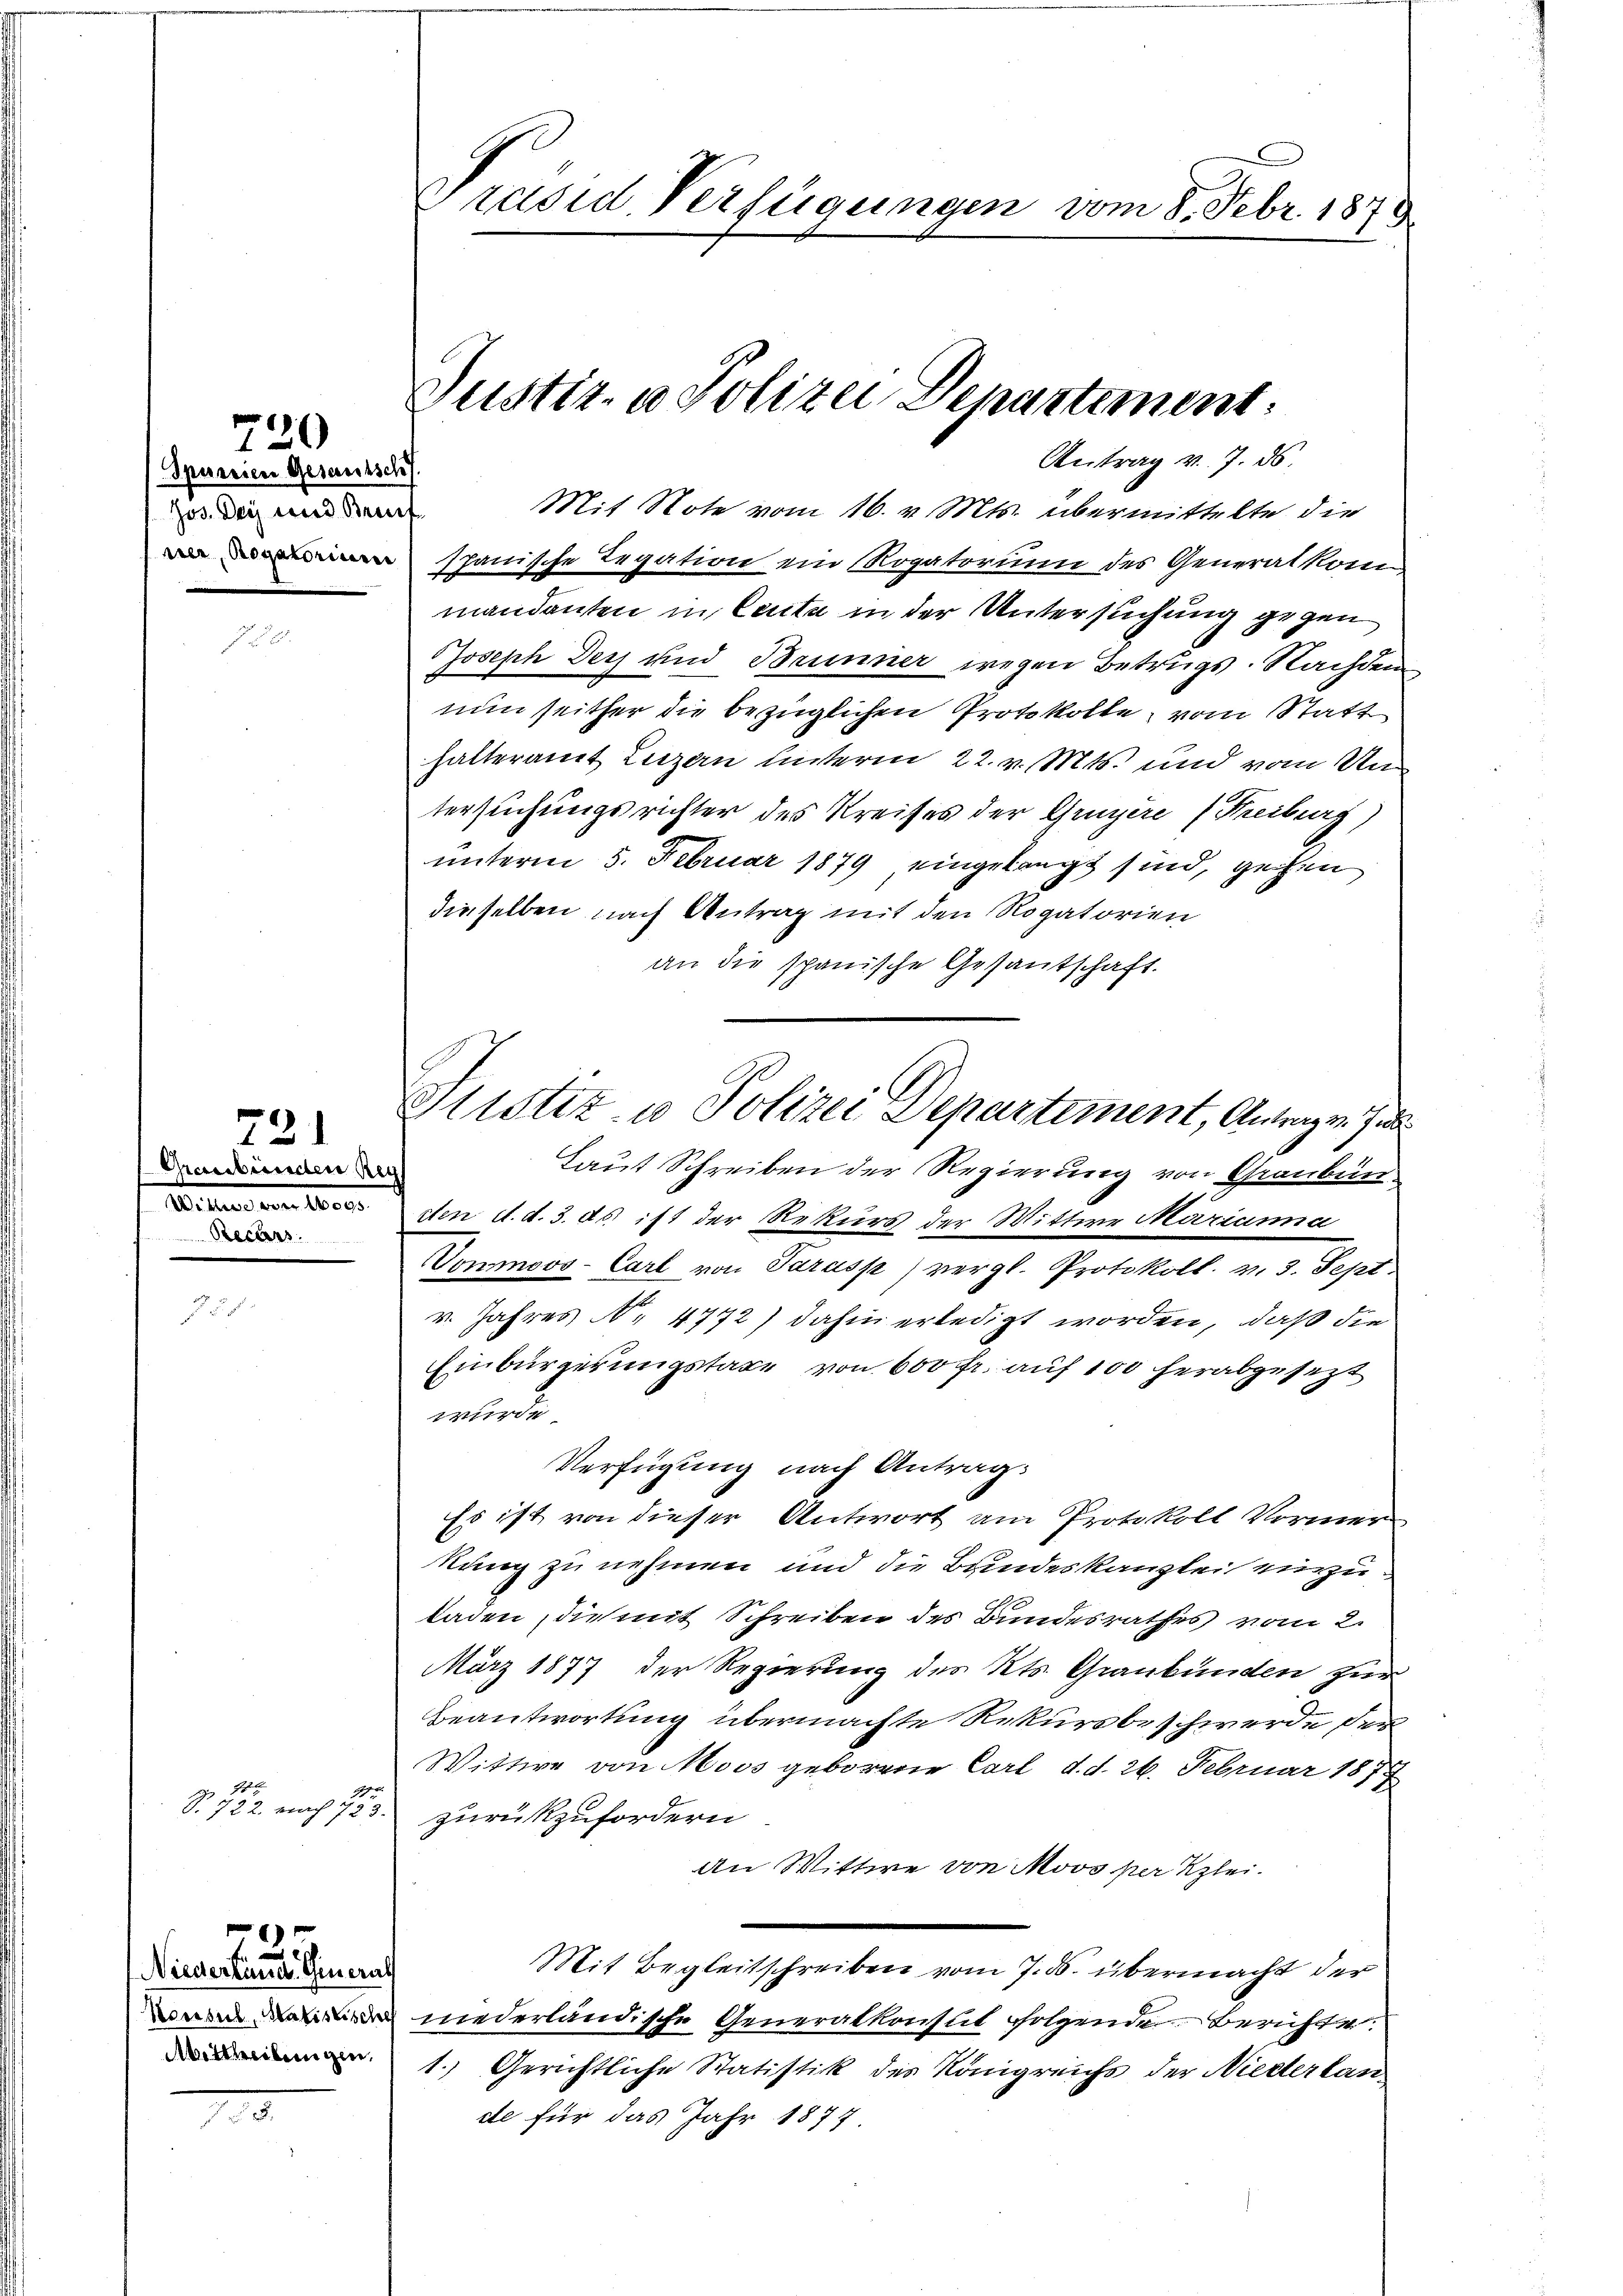
Spureien Gesamtsch
Jos. Der und Breif

720

721

Graubünden Reg
Recurs

Ges. be

Niederland General

Präsid. Verfügungen vom 8. Febr. 1878

Antrag v. 7. ds.

Justiz- & Polizei Departement.

Mit Note vom 16. v. Mts. übermittelte die
 spanische Legation ein Rogatorium des Generalkom
mandanten in Canta in der Untersuchung gegen
Joseph Der und Brunner wegen Betrugs. Nachdem
nun seither die bezüglichen Protokolle, vom Statt
halteramt Luzern hinterm 22. v. Mts. und vom Untersuchungsrichter des Kreises der Gruyère (Freiburg)
unterm 5. Februar 1879 eingelangt sind, gehen
dieselben nach Antrag mit den Rogatorien
an die spanische Gesantschaft.
Laut Schreiben der Regierung von Graubün¬
 den d. d. 3. ds. ist der Rekurs der Mittwe Marianna
Vonmoos- Carl von Parusp) vergl. Protokoll. v. 3. Sept.
v. Jahres No. 4772) dahin erledigt worden, daß die
Einbürgerungstaxe von 600 fr. auf 100 herabgesezt
wurde.
Verfügung nach Antrag:
Es ist von dieser Antwort am Protokoll Vormer
kung zu nehmen und die Bundeskanzlei einzuladen, die mit Schreiben des Bundesrathes vom 2.
März 1877 der Regierung des Kts. Graubünden zur
Beantwortung übermachte Rekursbeschwerde der
Wittwe von Moos geborene Carl d. d. 26. Februar 187
S. 722. nach 723. zurückzufordern
An Wittwe von Moos per Klei¬
Mit Begleitschreiben vom 7. ds. übermacht der
 niederländische Generalkonsul folgende Berichte.
1. Gerichtliche Statistik des Königreichs der Niederlan
de für das Jahr 1877

lustiz- u Polizei Departement, Antragen. Ju